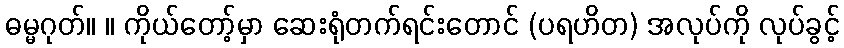
ဓမ္မဂုတ်။ ။ ကိုယ်တော့်မှာ ဆေးရုံတက်ရင်းတောင် (ပရဟိတ) အလုပ်ကို လုပ်ခွင့်